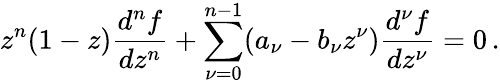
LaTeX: z^{n}(1-z)\frac{d^{n}f}{dz^{n}}+\sum_{\nu=0}^{n-1}(a_{\nu}-b_{\nu}z^{\nu})\frac{d^{\nu}f}{dz^{\nu}}=0\, .